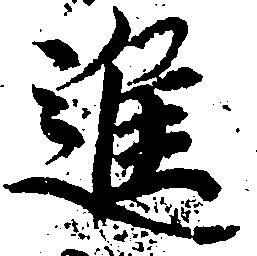
進